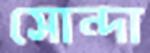
সোন্দা